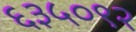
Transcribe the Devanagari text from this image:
६३५०९२